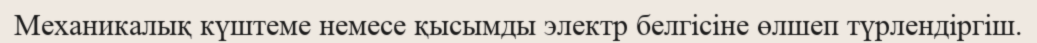
Механикалық күштеме немесе қысымды электр белгісіне өлшеп түрлендіргіш.